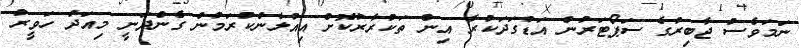
ނަމަވެސް ޖާބިރުގެ ސަޕޯޓަރުން އަޑުގަދަކުރާ އިން ތަކުރާރުކޮށް އިއުލާންކުރަމުން ގެންދަނީ މިއަދު ހަވީރު